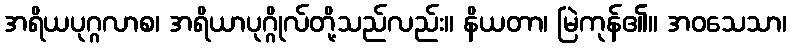
အရိယပုဂ္ဂလာစ၊ အရိယာပုဂ္ဂိုလ်တို့သည်လည်း။ နိယတာ၊ မြဲကုန်၏။ အဝသေသာ၊